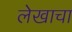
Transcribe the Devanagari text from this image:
लेेखाचा